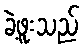
ခဲ့ဖူးသည်